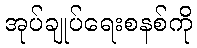
အုပ်ချုပ်ရေးစနစ်ကို